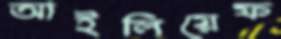
আইলিয়েফ